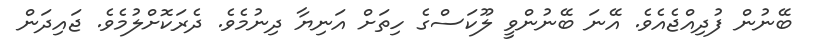
ބޭނުން ފުދިއްޖެއެވެ. އޭނަ ބޭނުންވީ ލޫކަސްގެ ހިތަށް އަނިޔާ ދިނުމެވެ. ދެރަކޮށްލުމެވެ. ޖައިދަން